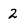
Character: 2